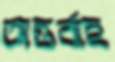
অন্তর্বাহ